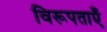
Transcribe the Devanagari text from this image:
विरूपताएँ